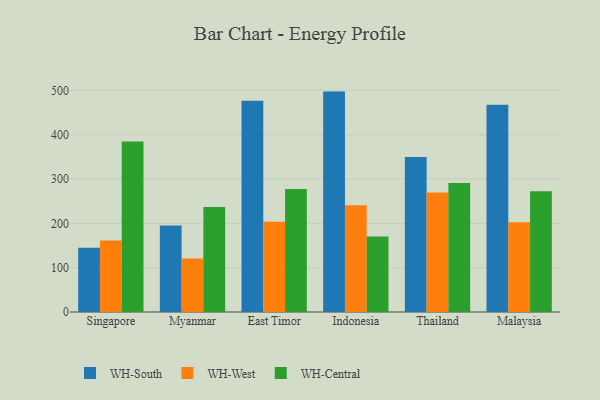
{"axis": {"x": "Country", "y": "Budget (USD K)"}, "legend": ["WH-Central", "WH-South", "WH-West"], "data": [{"x": "Singapore", "y": 144.7, "type": "WH-South"}, {"x": "Singapore", "y": 161.6, "type": "WH-West"}, {"x": "Singapore", "y": 384.5, "type": "WH-Central"}, {"x": "Myanmar", "y": 195.1, "type": "WH-South"}, {"x": "Myanmar", "y": 120.8, "type": "WH-West"}, {"x": "Myanmar", "y": 236.8, "type": "WH-Central"}, {"x": "East Timor", "y": 476.6, "type": "WH-South"}, {"x": "East Timor", "y": 203.9, "type": "WH-West"}, {"x": "East Timor", "y": 277.8, "type": "WH-Central"}, {"x": "Indonesia", "y": 497.3, "type": "WH-South"}, {"x": "Indonesia", "y": 241.0, "type": "WH-West"}, {"x": "Indonesia", "y": 170.6, "type": "WH-Central"}, {"x": "Thailand", "y": 349.9, "type": "WH-South"}, {"x": "Thailand", "y": 269.9, "type": "WH-West"}, {"x": "Thailand", "y": 290.8, "type": "WH-Central"}, {"x": "Malaysia", "y": 467.5, "type": "WH-South"}, {"x": "Malaysia", "y": 202.6, "type": "WH-West"}, {"x": "Malaysia", "y": 272.2, "type": "WH-Central"}]}